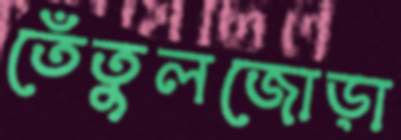
তেঁতুলজোড়া